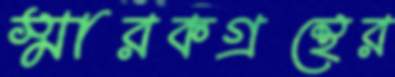
স্মারকগ্রন্থের